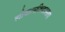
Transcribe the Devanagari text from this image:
लोकायतिकालाच